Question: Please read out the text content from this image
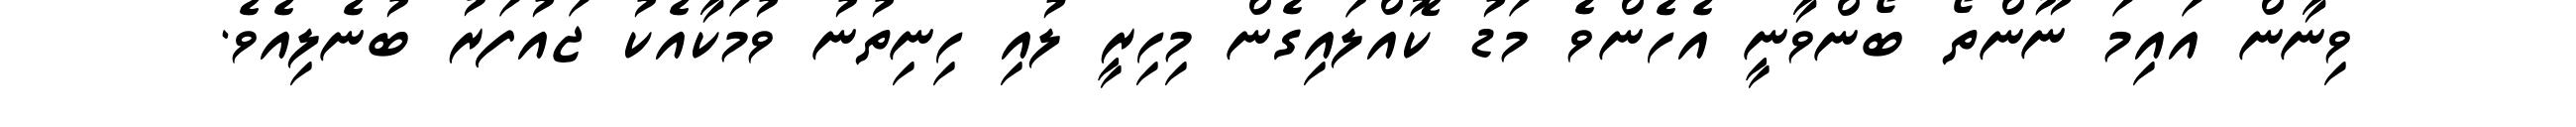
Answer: ވިނާން އައިމަ ނޫންތޯ ބޯންވާނީ އެހެންވެ މަޑު ކޮއްލައިގެން މިހިރީ ލުއި ހިނިތުނު ވުމަކާއެކު ޖައުފަރު ބުނެލިއެވެ.